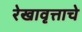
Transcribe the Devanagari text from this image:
रेखावृत्ताचे